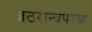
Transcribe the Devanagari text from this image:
जठरान्त्रपरक